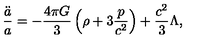
{ \frac { \ddot { a } } { a } } = - { \frac { 4 \pi G } { 3 } } \left( \rho + 3 { \frac { p } { c ^ { 2 } } } \right) + { \frac { c ^ { 2 } } { 3 } } \Lambda ,